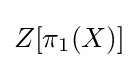
Z[\pi _{1}(X)]